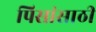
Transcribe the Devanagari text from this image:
पिसांसाठी